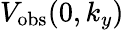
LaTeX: V_{\mathrm{obs}}(0,k_{y})